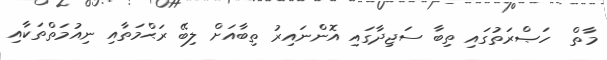
މާތް  ހަޞްރަތުގައި ތިބާ ސަޖިދާގައި އޮންނައިރު ތިބާއަށް ލިބޭ ރަޙްމަތާއި ނިއުމަތްތަކާއި